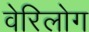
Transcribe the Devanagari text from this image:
वेरिलोग